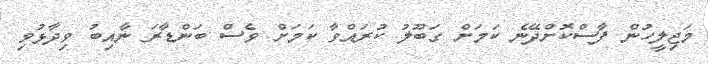
މަޖިލީހުން ފާސްކޮށްދޭނެ ކަމަށް ގަބޫލު ކުރައްވާ ކަމަށް ވެސް ބަންޑާރަ ނާއިބު ވިދާޅުވި